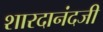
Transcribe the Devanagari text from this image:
शारदानंदजी